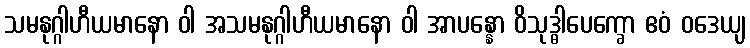
သမနုဂ္ဂါဟီယမာနော ဝါ အသမနုဂ္ဂါဟီယမာနော ဝါ အာပန္နော ဝိသုဒ္ဓါပေက္ခော ဧဝံ ဝဒေယျ